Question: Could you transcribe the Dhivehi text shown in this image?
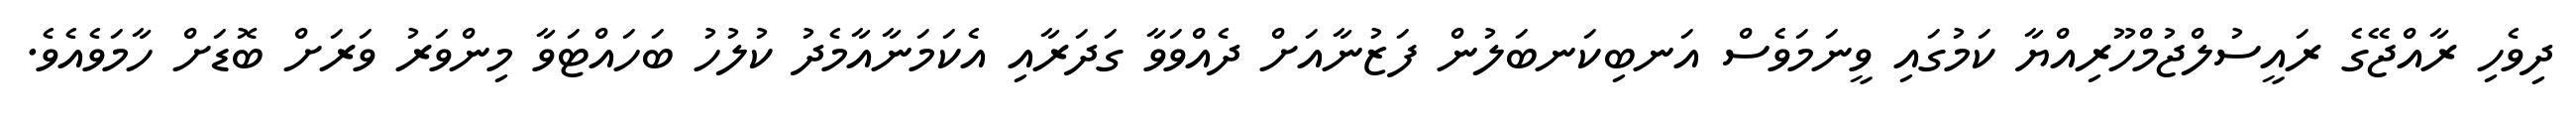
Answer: ދިވެހި ރާއްޖޭގެ ރައީސުލްޖުމްހޫރިއްޔާ ކަމުގައި ވީނަމަވެސް އަނބިކަނބަލުން ފަޒުނާއަށް ދެއްވަވާ ގަދަރާއި އެކަމަނާއާމެދު ކުލުހު ބަހައްޓަވާ މިންވަރު ވަރަށް ބޮޑަށް ހާމަވެއެވެ.